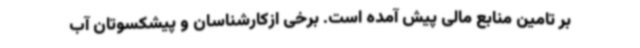
بر تامین منابع مالی پیش آمده است. برخی ازکارشناسان و پیشکسوتان آب